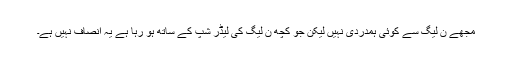
مجھے ن لیگ سے کوئی ہمدردی نہیں لیکن جو کچھ ن لیگ کی لیڈر شپ کے ساتھ ہو رہا ہے یہ انصاف نہیں ہے۔